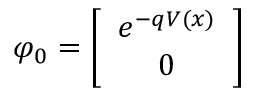
\varphi _ { 0 } = \left[ \begin{array} { c } { { e ^ { - q V ( x ) } } } \\ { { 0 } } \end{array} \right]